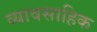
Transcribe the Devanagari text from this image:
व्यावसाहिक